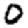
Digit: 0